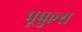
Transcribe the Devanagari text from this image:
पूपुल्स